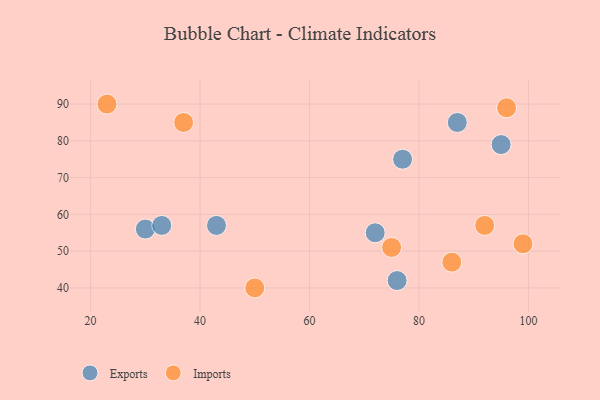
{"axis": {"x": "GDP", "y": "Life Expectancy"}, "legend": ["Exports", "Imports"], "data": [{"x": "87", "y": 85, "type": "Exports"}, {"x": "43", "y": 57, "type": "Exports"}, {"x": "76", "y": 42, "type": "Exports"}, {"x": "72", "y": 55, "type": "Exports"}, {"x": "30", "y": 56, "type": "Exports"}, {"x": "77", "y": 75, "type": "Exports"}, {"x": "95", "y": 79, "type": "Exports"}, {"x": "33", "y": 57, "type": "Exports"}, {"x": "23", "y": 90, "type": "Imports"}, {"x": "75", "y": 51, "type": "Imports"}, {"x": "96", "y": 89, "type": "Imports"}, {"x": "37", "y": 85, "type": "Imports"}, {"x": "99", "y": 52, "type": "Imports"}, {"x": "50", "y": 40, "type": "Imports"}, {"x": "86", "y": 47, "type": "Imports"}, {"x": "92", "y": 57, "type": "Imports"}]}